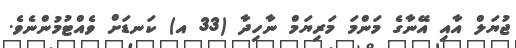
ޖުޔަލް އާއި އޭނާގެ މަންމަ މަރިޔަމް ނާހިދާ (33 އ) ކަނޑަށް ވެއްޓުމުންނެވެ.